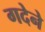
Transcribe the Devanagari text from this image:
गदेने